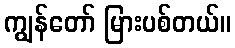
ကျွန်တော် မြားပစ်တယ်။